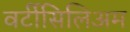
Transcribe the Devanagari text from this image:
वर्टीसिलिअम